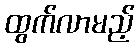
ထွက်လာမည့်